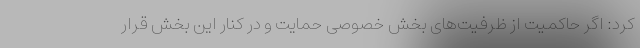
کرد: اگر حاکمیت از ظرفیت‌های بخش خصوصی حمایت و در کنار این بخش قرار